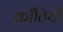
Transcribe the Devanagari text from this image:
क्राँतियों